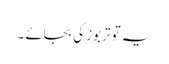
یہ تو تربوز کی بجائے ۔